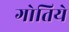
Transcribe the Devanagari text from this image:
गोतिये